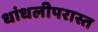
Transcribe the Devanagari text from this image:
धांधलीपरास्त